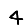
Digit: 4